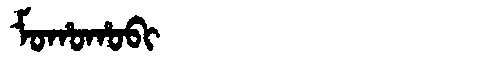
Manchu: ᠮᠣᡥᠣᡥᠣᠪᡳ
Romanization: MOHOHOBI